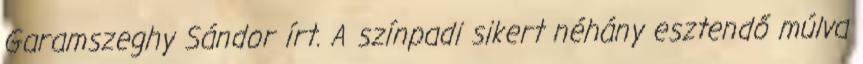
Garamszeghy Sándor írt. A színpadi sikert néhány esztendő múlva